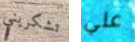
تشكريني علي